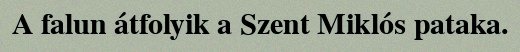
A falun átfolyik a Szent Miklós pataka.